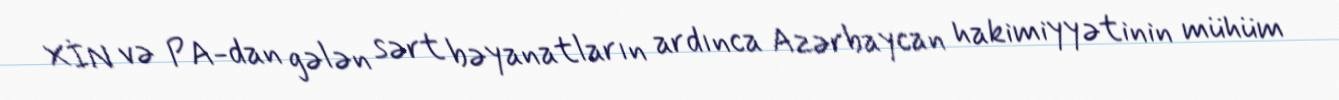
XİN və PA-dan gələn sərt bəyanatların ardınca Azərbaycan hakimiyyətinin mühüm